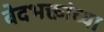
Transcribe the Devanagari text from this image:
वेदभक्तांच्या